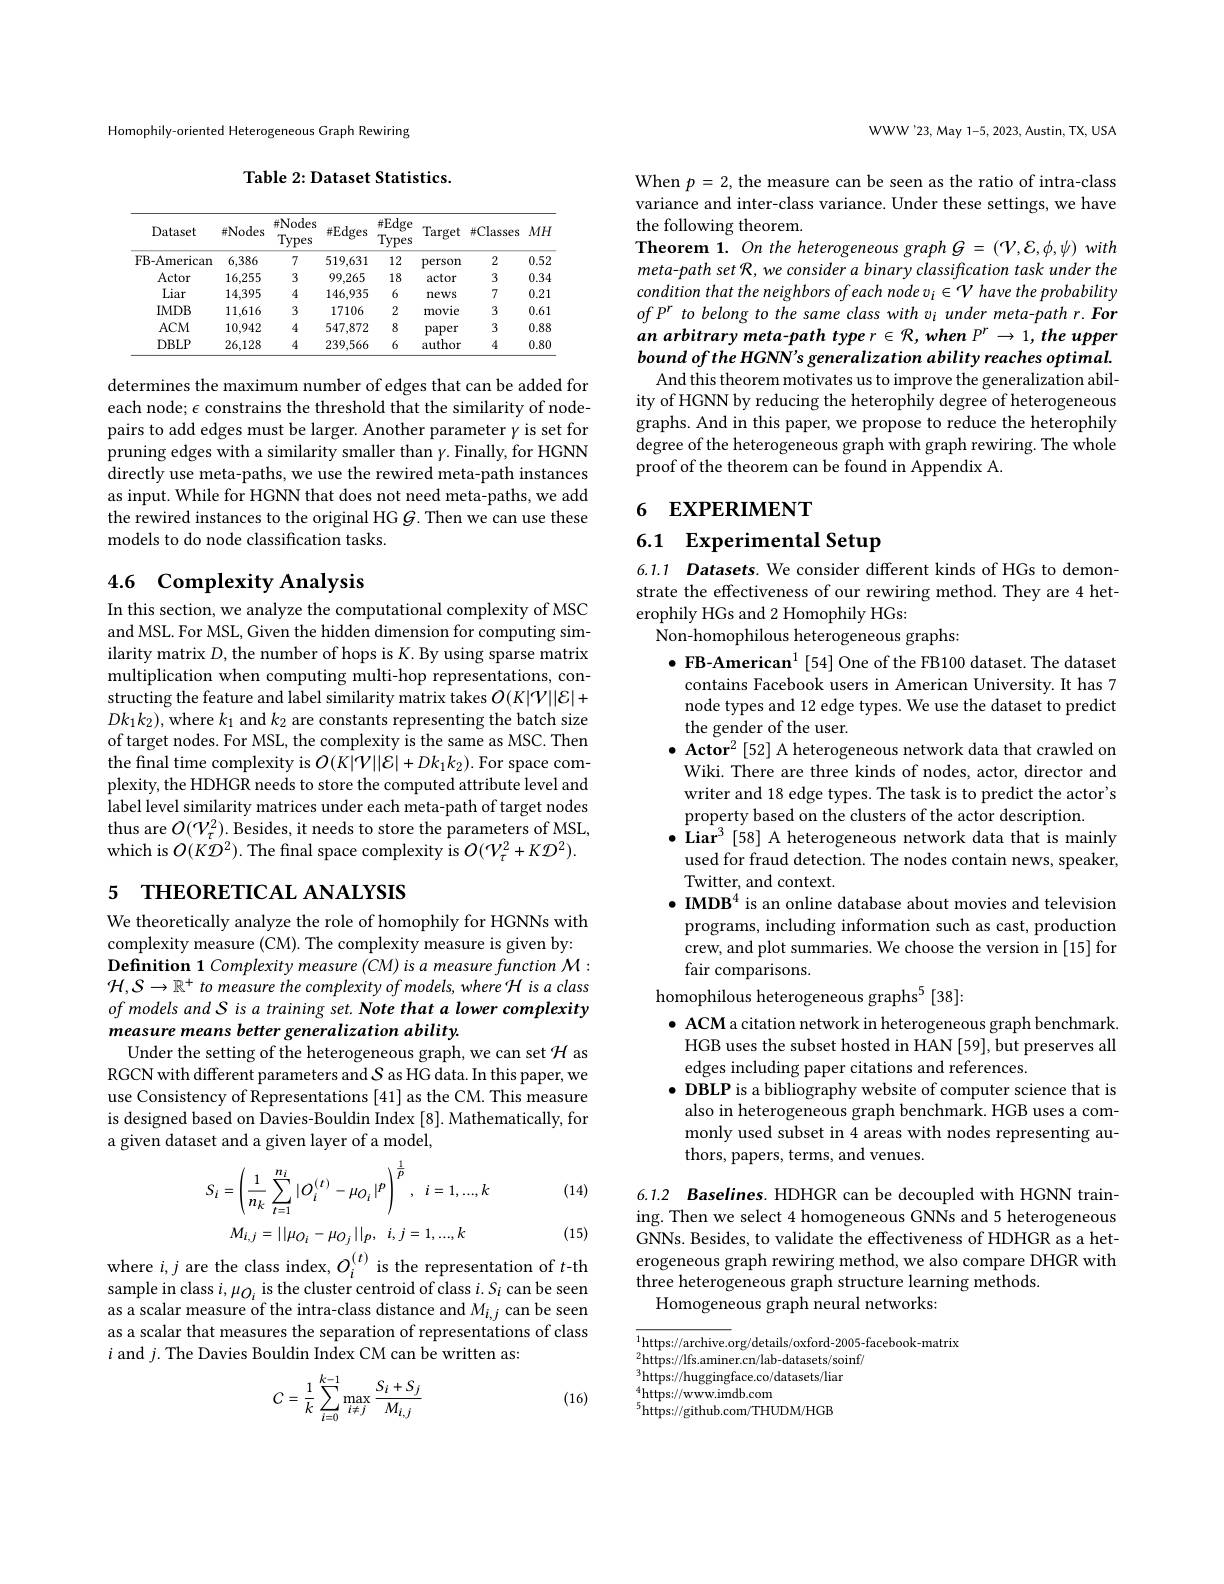
Homophily-oriented Heterogeneous Graph Rewiring

Table 2: Dataset Statistics.

<table>
	<tbody>
		<tr>
			<th>Dataset</th>
			<th>拼Nodes</th>
			<th>拼Nodes Types</th>
			<th>$\#Edges$</th>
			<th>$\#$Edge Types</th>
			<th>Target</th>
			<th>#Classes</th>
			<th>$MH$</th>
		</tr>
		<tr>
			<td>FB-American</td>
			<td>6,386</td>
			<td>7</td>
			<td>519,631</td>
			<td>12</td>
			<td>person</td>
			<td>2</td>
			<td>0.52</td>
		</tr>
		<tr>
			<td>Actor</td>
			<td>16,255</td>
			<td>3</td>
			<td>99,265</td>
			<td>18</td>
			<td>actor</td>
			<td>3</td>
			<td>0.34</td>
		</tr>
		<tr>
			<td>Liar</td>
			<td>14,395</td>
			<td>4</td>
			<td>146,935</td>
			<td>6</td>
			<td>news</td>
			<td>7</td>
			<td>0.21</td>
		</tr>
		<tr>
			<td>$IMDB$</td>
			<td>11,616</td>
			<td>3</td>
			<td>17106</td>
			<td>2</td>
			<td>movie</td>
			<td>3</td>
			<td>0.61</td>
		</tr>
		<tr>
			<td>$ACM$</td>
			<td>10,942</td>
			<td>4</td>
			<td>547,872</td>
			<td>8</td>
			<td>paper</td>
			<td>3</td>
			<td>0.88</td>
		</tr>
		<tr>
			<td>$DBLP$</td>
			<td>26,128</td>
			<td>4</td>
			<td>239,566</td>
			<td>6</td>
			<td>author</td>
			<td>4</td>
			<td>0.80</td>
		</tr>
	</tbody>
</table>

determines the maximum number of edges that can be added for each node; $\epsilon$ constrains the threshold that the similarity of nodepairs to add edges must be larger. Another parameter $\gamma$ is set for pruning edges with a similarity smaller than $\gamma.$ Finally, for HGNN directly use meta-paths, we use the rewired meta-path instances as input. While for HGNN that does not need meta-paths, we add the rewired instances to the original HG $G.$ Then we can use these models to do node classification tasks.

## 4.6 Complexity Analysis

In this section, we analyze the computational complexity of MSC and MSL. For MSL, Given the hidden dimension for computing similarity matrix $D$, the number of hops is K. By using sparse matrix multiplication when computing multi-hop representations, constructing the feature and label similarity matrix takes $O(K|\mathcal{V}||\mathcal{E}|+$ $Dk_1k_2)$, where $k_1$ and $k_2$ are constants representing the batch size of target nodes. For MSL, the complexity is the same as MSC. Then the final time complexity is $O(K|\mathcal{V}||\mathcal{E}|+Dk_1k_2).$ For space complexity, the HDHGR needs to store the computed attribute level and label level similarity matrices under each meta-path of target nodes thus are $O(\mathcal{V}_\tau^2).$ Besides, it needs to store the parameters of MSL, which is $O(K{\mathcal D}^{2}).$ The fnal space complexity is $O(V_{\tau}^{2}+K{\mathcal D}^{2}).$

# 5 THEORETICAL ANALYSIS

We theoretically analyze the role of homophily for HGNNs with complexity measure (CM). The complexity measure is given by: Definition 1 Complexity measure (CM) is a measure function M: ${\mathcal H},S\to\mathbb{R}^+$ to measure the complexity of models,where H is a class of models and S is a training set. Note that a lower complexity measure means better generalization ability.
Under the setting of the heterogeneous graph, we can set $\mathcal{H}$ as RGCN with different parameters and $\mathcal{S}$ as HG data. In this paper, we use Consistency of Representations [41] as the CM. This measure is designed based on Davies-Bouldin Index [8]. Mathematically, for a given dataset and a given layer of a model,

(14)
$$S_{i}=\left(\frac{1}{n_{k}}\sum_{t=1}^{n_{i}}|O_{i}^{(t)}-\mu_{O_{i}}|^{p}\right)^{\frac{1}{p}},\:i=1,...,k$$
(15)
where $i,j$ are the class index, $O_i^{(t)}$ is the representation of $t$-th

sample in class $i,\mu_{O_{i}}$ is the cluster centroid of class $i.S_i$ can be seen as a scalar measure of the intra-class distance and $M_{i,j}$ can be seen as a scalar that measures the separation of representations of class $i$ and $j.$ The Davies Bouldin Index CM can be written as:
$$C=\frac{1}{k}\sum_{i=0}^{k-1}\max_{i\neq j}\frac{S_{i}+S_{j}}{M_{i,j}}$$
(16)

WWW'23, May 1-5, 2023, Austin, TX, USA

When $p=2$, the measure can be seen as the ratio of intra-class variance and inter-class variance. Under these settings, we have the following theorem.
Theorem 1. On the heterogeneous graph $G=(\mathcal{V},\mathcal{E},\phi,\psi)$ with meta-path set R, we consider a binary classification task under the condition that the neighbors of each node vi $\in\mathcal{V}$ have the probability of P$^r$ to belong to the same class with vi under meta-path r. For an arbitrary meta-path type r $\in{\mathcal R}$, when $P^r\to1$, the upper bound of the HGNN's generalization ability reaches optimal.
And this theorem motivates us to improve the generalization ability of HGNN by reducing the heterophily degree of heterogeneous graphs. And in this paper, we propose to reduce the heterophily degree of the heterogeneous graph with graph rewiring. The whole proof of the theorem can be found in Appendix A.

## 6 EXPERIMENT

# 6.1 Experimental Setup

6.1.1 Datasets. We consider different kinds of HGs to demonstrate the effectiveness of our rewiring method. They are 4 heterophily HGs and 2 Homophily HGs:
Non-homophilous heterogeneous graphs:

$\bullet\textbf{ FB-American}^1[54]$ One of the FB100 dataset. The dataset
contains Facebook users in American University. It has 7 node types and 12 edge types. We use the dataset to predict the gender of the user.
$\bullet \textbf{ Actor}^2\left [ 52\right ]$A heterogeneous network data that crawled on Wiki. There are three kinds of nodes, actor, director and writer and 18 edge types. The task is to predict the actor's property based on the clusters of the actor description
$\bullet$ Liar$^3$[58] A heterogeneous network data that is mainly
used for fraud detection. The nodes contain news, speaker,
Twitter, and context.
$\bullet\textbf{ IMDB}^{4}$ is an online database about movies and television programs, including information such as cast, production crew, and plot summaries. We choose the version in [15] for fair comparisons.
homophilous heterogeneous graphs$^5[38]:$
$\bullet$ ACM a citation network in heterogeneous graph benchmark. HGB uses the subset hosted in HAN [59], but preserves all edges including paper citations and references.
$\bullet$ DBLP is a bibliography website of computer science that is also in heterogeneous graph benchmark. HGB uses a commonly used subset in 4 areas with nodes representing authors, papers, terms, and venues.

6.1.2 Baselines. HDHGR can be decoupled with HGNN training. Then we select 4 homogeneous GNNs and 5 heterogeneous GNNs. Besides, to validate the effectiveness of HDHGR as a heterogeneous graph rewiring method, we also compare DHGR with three heterogeneous graph structure learning methods.
Homogeneous graph neural networks:

$\overline{^{1}\text{https://archive.org/details/oxford-2005-facebook-matrix}}$
https: / / lfs. aminer. cn/ lab- datasets/ soinf/  3https: / / huggingface. co/ datasets/ liar 4httme: / / wrurvimdh com
$^{4}$https://www.imdb.com
$^{5}$https://github.com/THUDM/HGB